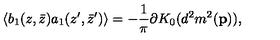
\langle b _ { 1 } ( z , \bar { z } ) a _ { 1 } ( z ^ { \prime } , \bar { z } ^ { \prime } ) \rangle = - { \frac { 1 } { \pi } } \partial K _ { 0 } ( d ^ { 2 } m ^ { 2 } ( { \bf p } ) ) ,